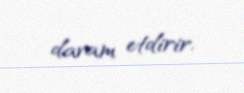
davam etdirir.